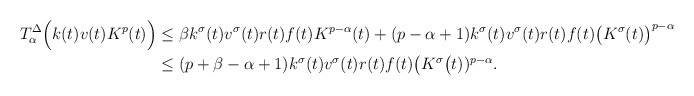
\begin{align*}T^{\Delta}_{\alpha} \Big(k(t)v(t)K^p(t)\Big)&\leq\beta k^\sigma(t)v^\sigma(t)r(t)f(t)K^{p-\alpha}(t)+(p-\alpha+1)k^\sigma(t)v^\sigma(t)r(t)f(t)\big(K^\sigma(t)\big)^{p-\alpha}\\&\leq(p+\beta-\alpha+1)k^\sigma(t)v^\sigma(t)r(t)f(t)\big(K^\sigma\big(t))^{p-\alpha}.\end{align*}